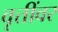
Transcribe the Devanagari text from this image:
वृत्तींवर